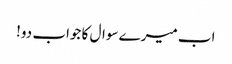
اب میرے سوال کا جواب دو!